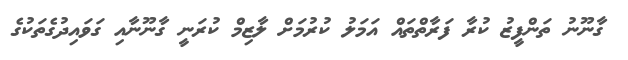
ގާނޫނު ތަންފީޒު ކުރާ ފަރާތްތައް އަމަލު ކުރުމަށް ލާޒިމް ކުރަނީ ގާނޫނާއި ގަވައިދުގެތަކުގެ